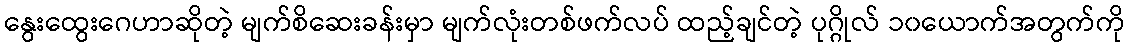
နွေးထွေးဂေဟာဆိုတဲ့ မျက်စိဆေးခန်းမှာ မျက်လုံးတစ်ဖက်လပ် ထည့်ချင်တဲ့ ပုဂ္ဂိုလ် ၁၀ယောက်အတွက်ကို